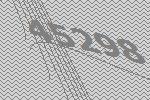
45298